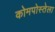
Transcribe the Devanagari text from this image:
कोमपोस्तेला